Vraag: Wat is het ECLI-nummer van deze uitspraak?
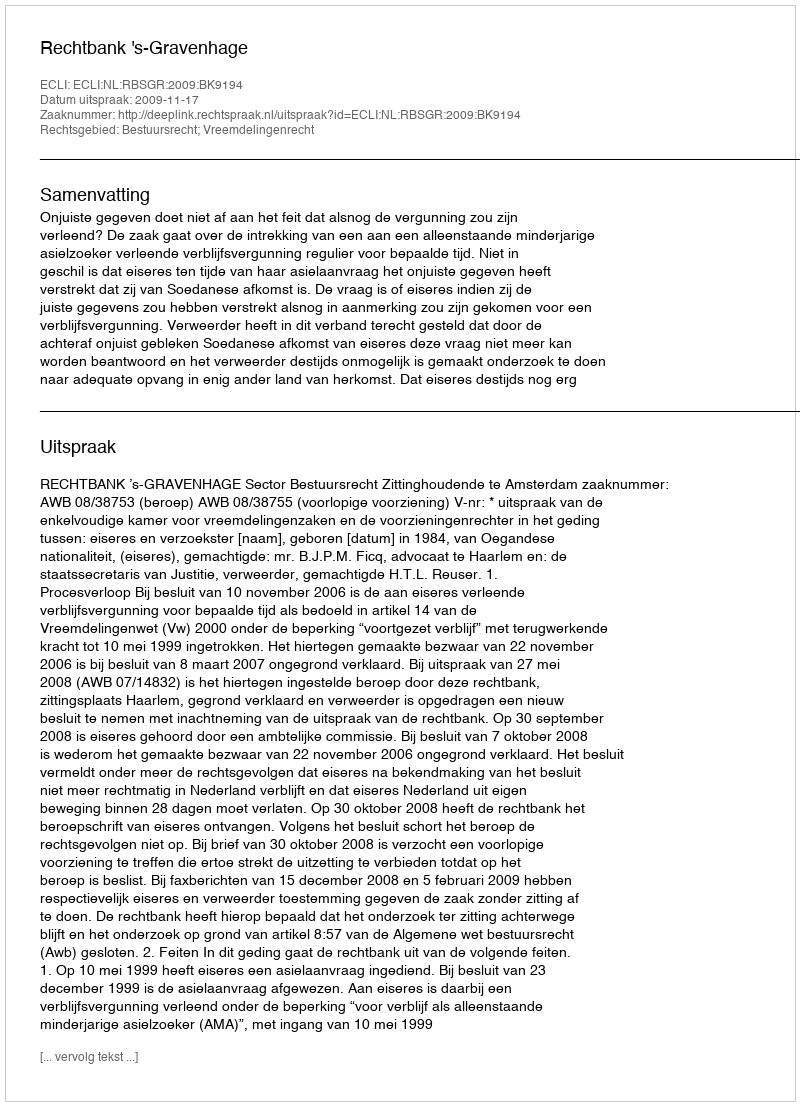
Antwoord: ECLI:NL:RBSGR:2009:BK9194